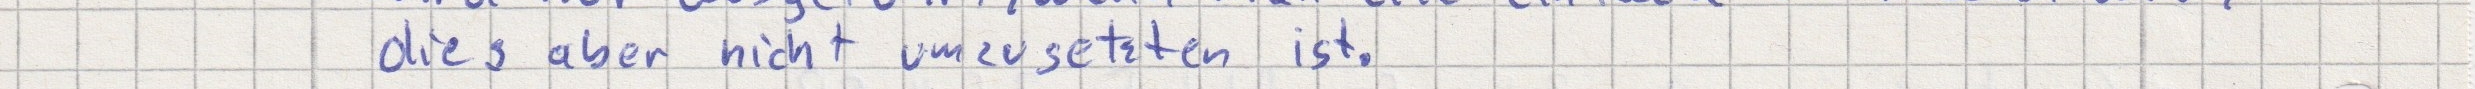
dies aber nicht umzusetzten ist.